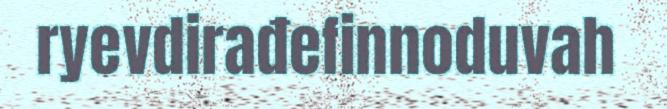
ryevdirađefinnoduvah